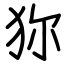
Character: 狝